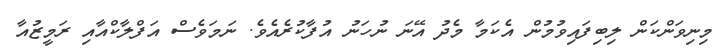
މިނިވަންކަން ލިބިފައިވުމުން އެކަމާ މެދު އޭނަ ނުހަނު އުފާކުރެއެވެ. ނަމަވެސް އަފްލާކްއާއި ރަމީޒުއާ